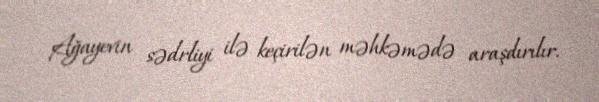
Ağayevin sədrliyi ilə keçirilən məhkəmədə araşdırılır.